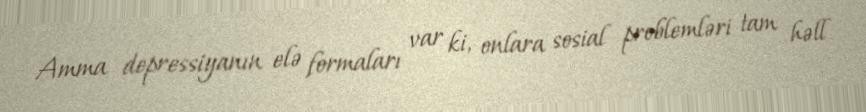
Amma depressiyanın elə formaları var ki, onlara sosial problemləri tam həll